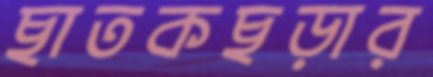
ছাতকছড়ার